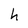
Character: h